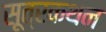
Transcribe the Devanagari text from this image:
सूत्रकथन